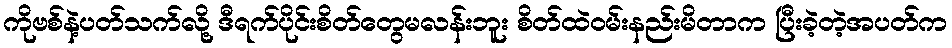
ကိုဗစ်နဲ့ပတ်သက်လို့ ဒီရက်ပိုင်းစိတ်တွေမလန်းဘူး စိတ်ထဲဝမ်းနည်းမိတာက ပြီးခဲ့တဲ့အပတ်က